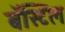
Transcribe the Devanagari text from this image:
बॅस्टिल